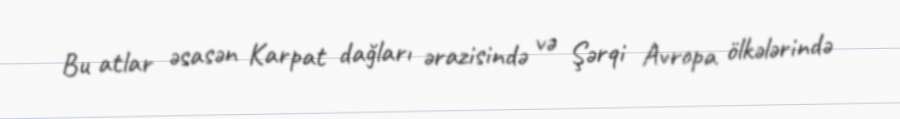
Bu atlar əsasən Karpat dağları ərazisində və Şərqi Avropa ölkələrində